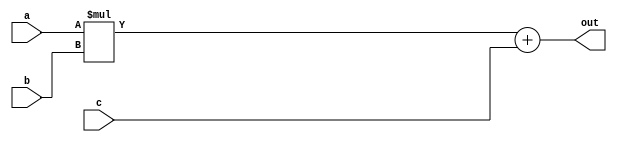
// This program was cloned from: https://github.com/lnis-uofu/OpenFPGA
// License: MIT License

//-------------------------------------------------------
//  Functionality: A 20-bit multiply-acculumate circuit
//-------------------------------------------------------

module mac_20(a, b, c, out);
parameter DATA_WIDTH = 20;  /* declare a parameter. default required */
input [DATA_WIDTH - 1 : 0] a, b, c;
output [DATA_WIDTH - 1 : 0] out;

assign out = a * b + c;

endmodule